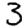
Digit: 3